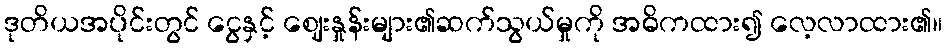
ဒုတိယအပိုင်းတွင် ငွေနှင့် ဈေးနှုန်းများ၏ဆက်သွယ်မှုကို အဓိကထား၍ လေ့လာထား၏။